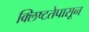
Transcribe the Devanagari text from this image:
क्लिष्टतेपासून